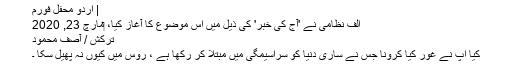
| اردو محفل فورم
الف نظامی نے 'آج کی خبر' کی ذیل میں اس موضوع کا آغاز کیا، ‏مارچ 23, 2020
ترکش / آصف محمود​
کیا آپ نے غور کیا کرونا جس نے ساری دنیا کو سراسیمگی میں مبتلا کر رکھا ہے ، روس میں کیوں نہ پھیل سکا ۔